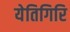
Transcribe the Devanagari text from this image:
येतिगिरि